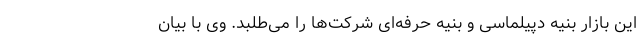
این بازار بنیه دپیلماسی و بنیه حرفه‌ای شرکت‌ها را می‌طلبد. وی با بیان